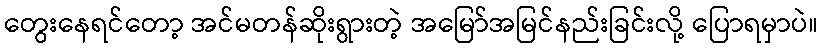
တွေးနေရင်တော့ အင်မတန်ဆိုးရွားတဲ့ အမြော်အမြင်နည်းခြင်းလို့ ပြောရမှာပဲ။